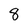
Character: 8